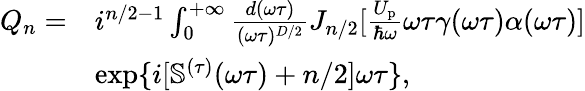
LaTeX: \begin{array}{rl}{{Q}_{n}=}&{i^{n/2-1}\int_{0}^{+\infty}\frac{d(\omega\tau)}{(\omega\tau)^{D/2}}J_{n/2}[\frac{U_{\mathrm{p}}}{\hbar\omega}\omega\tau\gamma(\omega\tau)\alpha(\omega\tau)]}\\ &{\exp\{ i[\mathbb{S}^{(\tau)}(\omega\tau)+n/2]\omega\tau\} ,}\end{array}